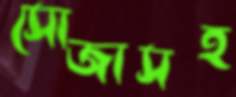
সোজাসহ